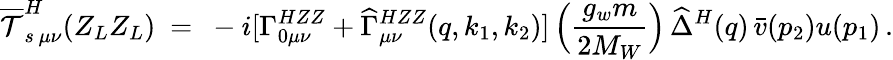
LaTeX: \overline{{{{\cal T}}}}_{s\, \mu\nu}^{H}(Z_{L}Z_{L})\ =\ -i[\Gamma_{0\mu\nu}^{HZZ}+\widehat{\Gamma}_{\mu\nu}^{HZZ}(q,k_{1},k_{2})]\, \Big(\frac{g_{w}m}{2M_{W}}\Big)\, \widehat{\Delta}^{H}(q)\, \bar{v}(p_{2})u(p_{1})\, .